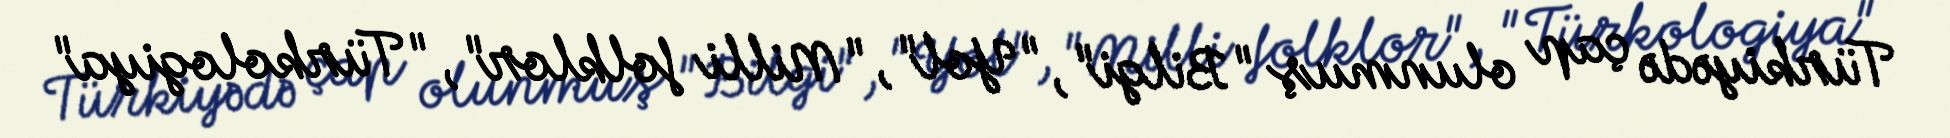
Türkiyədə çap olunmuş "Bilgi", "Yol", "Milli folklor", "Türkologiya"